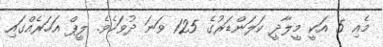
މެއި 5 އަކީ މީލާދީ ކަލަންޑަރުގެ 125 ވަނަ ދުވަހެވެ. ލީޕް އަހަރެއްގައި